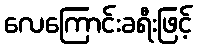
လေကြောင်းခရီးဖြင့်